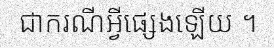
ជាករណីអ្វីផ្សេងឡើយ ។